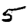
Digit: 5